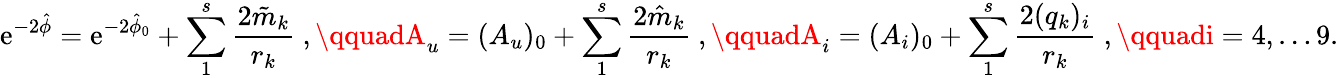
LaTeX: \mathrm{e}^{-2\hat{{\phi}}}=\mathrm{e}^{-2\hat{{\phi}}_{0}}+\sum_{1}^{s}{\frac{{2\tilde{{m}}_{k}}}{{r_{k}}}}\ ,\qquadA_{u}=(A_{u})_{0}+\sum_{1}^{s}{\frac{{2\hat{{m}}_{k}}}{{r_{k}}}}\ ,\qquadA_{i}=(A_{i})_{0}+\sum_{1}^{s}{\frac{{2(q_{k})_{i}}}{{r_{k}}}}\ ,\qquadi=4,\dots9.